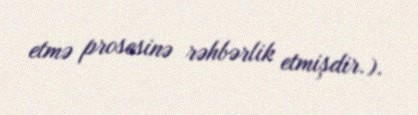
etmə prosesinə rəhbərlik etmişdir.).